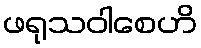
ဖရုသဝါစေဟိ